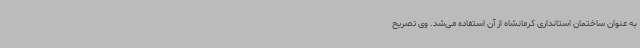
به عنوان ساختمان استانداری کرمانشاه از آن استفاده می‌شد. وی تصریح